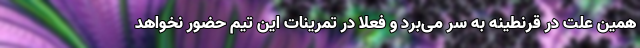
همین علت در قرنطینه به سر می‌برد و فعلا در تمرینات این تیم حضور نخواهد